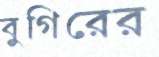
বুগিরের